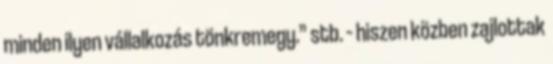
minden ilyen vállalkozás tönkremegy.” stb. – hiszen közben zajlottak